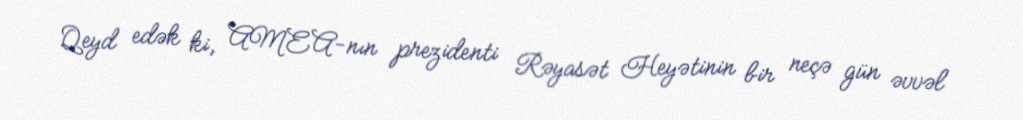
Qeyd edək ki, AMEA-nın prezidenti Rəyasət Heyətinin bir neçə gün əvvəl